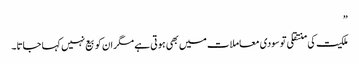
”
ملکیت کی منتقلی تو سودی معاملات میں بھی ہوتی ہے مگر ان کو بیع نہیں کہا جاتا۔